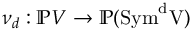
\nu _ { d } : \mathbb { P } V \to \mathbb { P } ( \mathrm { { { S y m } ^ { d } V ) } }